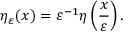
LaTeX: \eta _ { \varepsilon } ( x ) = \varepsilon ^ { - 1 } \eta \left( { \frac { x } { \varepsilon } } \right) .